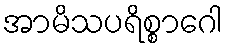
အာမိသပရိစ္စာဂေါ